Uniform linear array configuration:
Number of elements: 48
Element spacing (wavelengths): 0.25
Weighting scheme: blackman
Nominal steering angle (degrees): -45
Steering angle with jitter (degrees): -44.276
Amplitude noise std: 0.05
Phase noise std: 0.05

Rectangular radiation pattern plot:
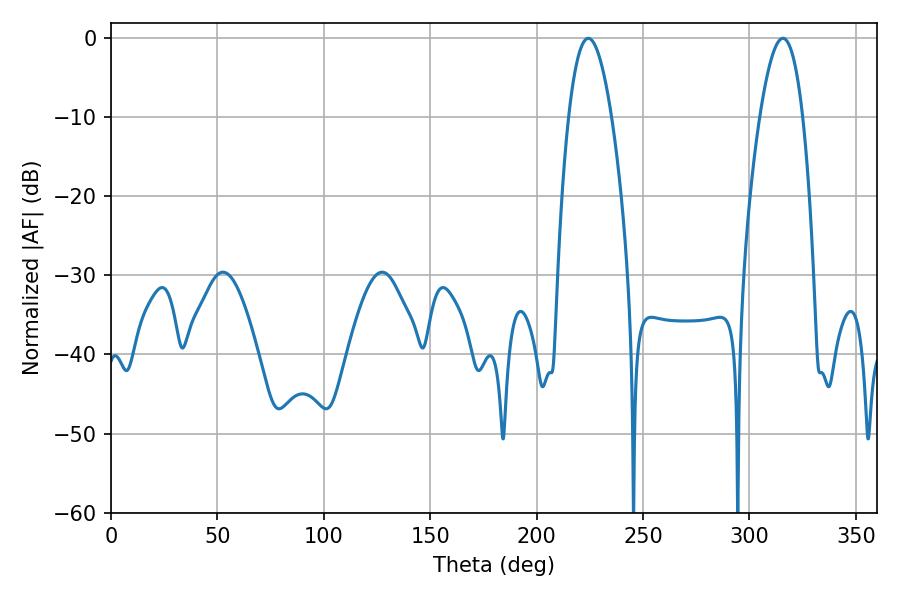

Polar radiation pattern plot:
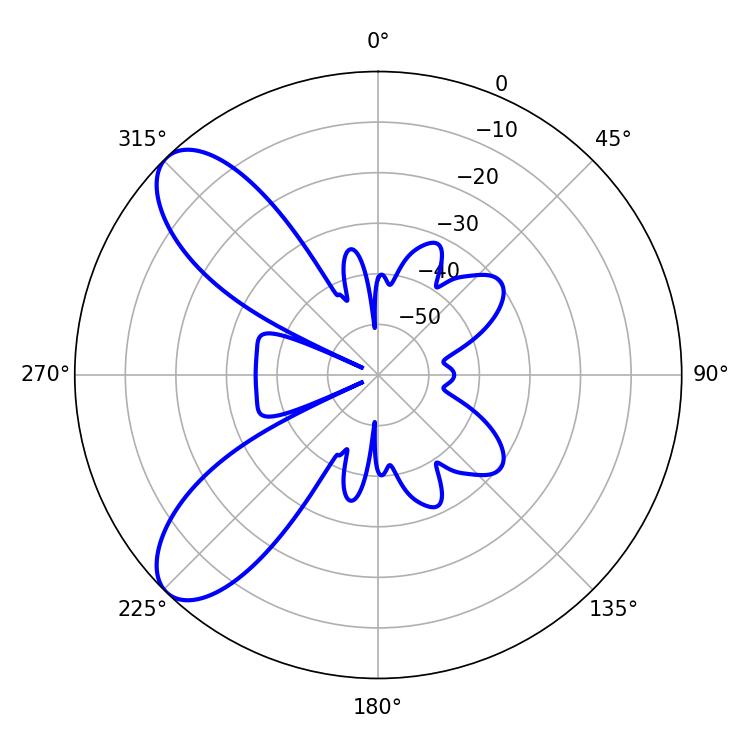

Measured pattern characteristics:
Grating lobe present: FALSE
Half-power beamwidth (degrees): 10.98
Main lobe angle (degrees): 224.28